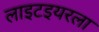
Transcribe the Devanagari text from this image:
लाइटइयरला